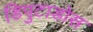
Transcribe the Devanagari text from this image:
डिपुटाडोस